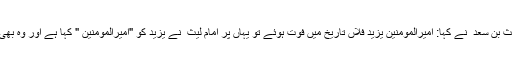
چنانچہ یحییٰ بن بکیر نے روایت کیا ہے کہ امام لیث بن سعد ؒ نے کہا: امیرالمومنین یزید فلاں تاریخ میں فوت ہوئے تو یہاں پر امام لیث ؒ نے یزید کو "امیرالمومنین " کہا ہے اور وہ بھی ان کی حکومت اور ان کا دور ختم ہونے کے بعد ۔